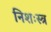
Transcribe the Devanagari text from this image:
निशःस्त्र